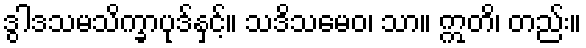
ဒွါဒသမသိက္ခာပုဒ်နှင့်။ သဒိသမေဝ၊ သာ။ ဣတိ၊ တည်း။